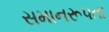
સમાનરૂપતા